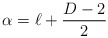
\begin{align*}\alpha=\ell+\frac{D-2}{2}\end{align*}